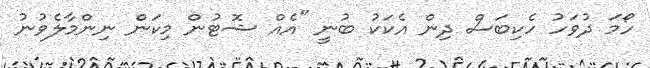
ހޯމަ ދުވަހު ހެކިބަސް ދިން އެކަކު ބުނީ "އެއް ޝޮޓުން މިކަން ނިންމާލެވުނު